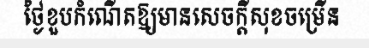
ថ្ងៃខួបកំណើតឱ្យមានសេចក្តីសុខចម្រើន